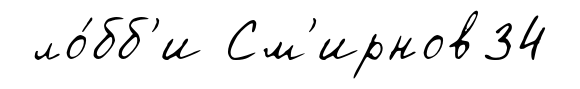
ло́бб'и См'ирнов34